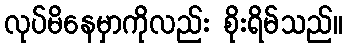
လုပ်မိနေမှာကိုလည်း စိုးရိမ်သည်။